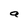
Character: a